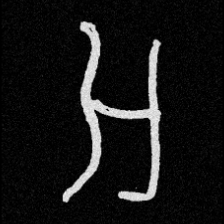
Pyu character \u2014 Myanmar letter: အ (romanized: a)